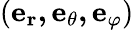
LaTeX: (\mathbf{e_{r},e_{\theta},e_{\varphi}})